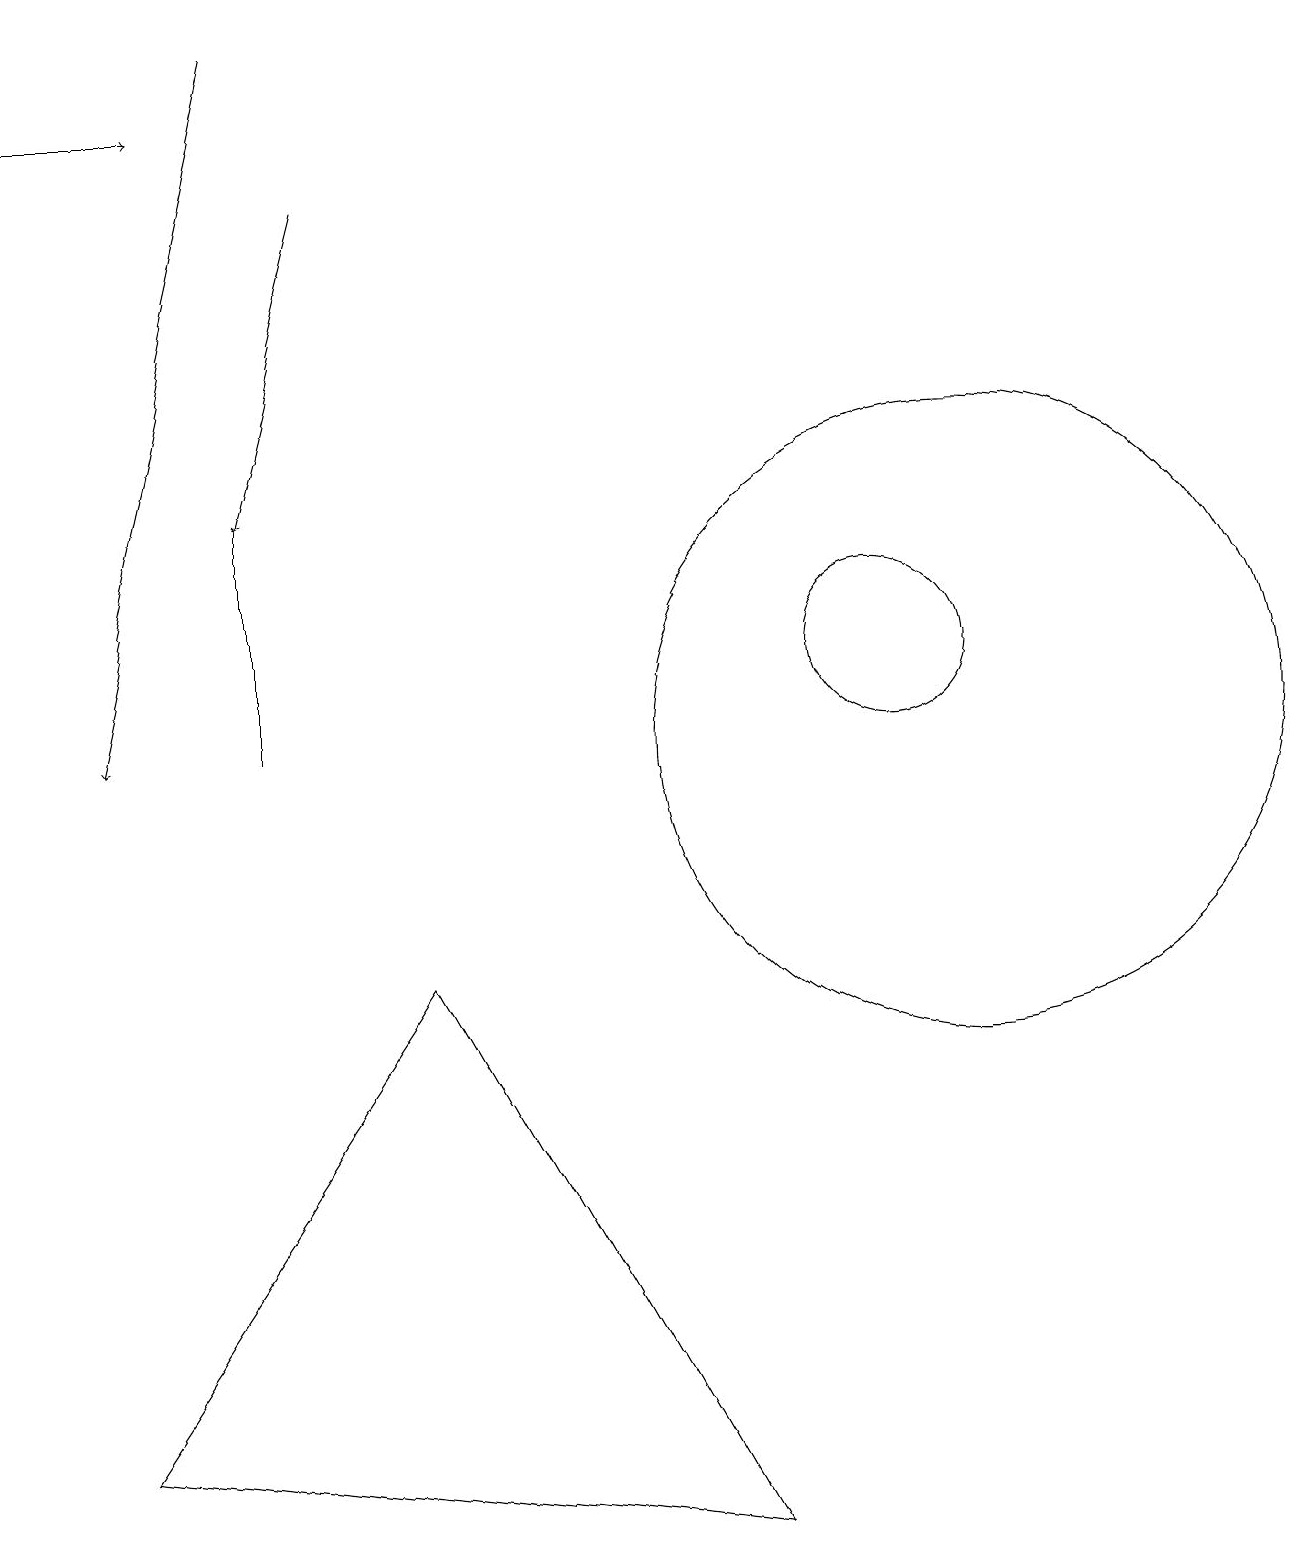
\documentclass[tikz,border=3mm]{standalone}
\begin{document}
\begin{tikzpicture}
\draw[->] (3,19) -- (1,10);
\draw (5,7) -- (9,0) -- (1,1) -- cycle;
\draw[->] (0,18) -- (2,18);
\draw (3,10) rectangle (3,13);
\draw (11,11) circle (1);
\draw[->] (4,17) -- (3,13);
\draw (12,10) circle (4);
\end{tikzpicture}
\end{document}